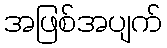
အဖြစ်အပျက်